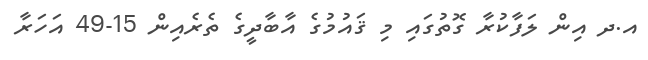
އ.ދ އިން ލަފާކުރާ ގޮތުގައި މި ޤައުމުގެ އާބާދީގެ ތެރެއިން 15-49 އަހަރާ